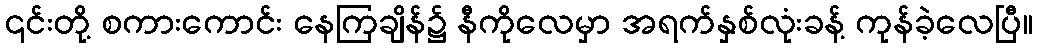
၎င်းတို့ စကားကောင်း နေကြချိန်၌ နီကိုလေမှာ အရက်နှစ်လုံးခန့် ကုန်ခဲ့လေပြီ။